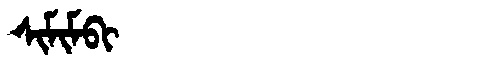
Manchu: ᠰᡳᠮᡳᠮᠪᡳ
Romanization: SIMIMBI